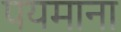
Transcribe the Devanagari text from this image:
पयमाना